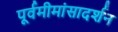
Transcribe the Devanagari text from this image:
पूर्वमीमांसादर्शन